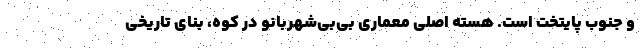
و جنوب پایتخت است. هسته اصلی معماری بی‌بی‌شهربانو در کوه، بنای تاریخی